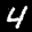
Label: 4